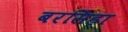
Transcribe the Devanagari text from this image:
बरसिहा